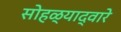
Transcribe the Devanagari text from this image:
सोहळ्याद्वारे